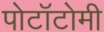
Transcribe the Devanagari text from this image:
पोटॉटोमी